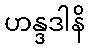
ဟန္ဒဒါနိ